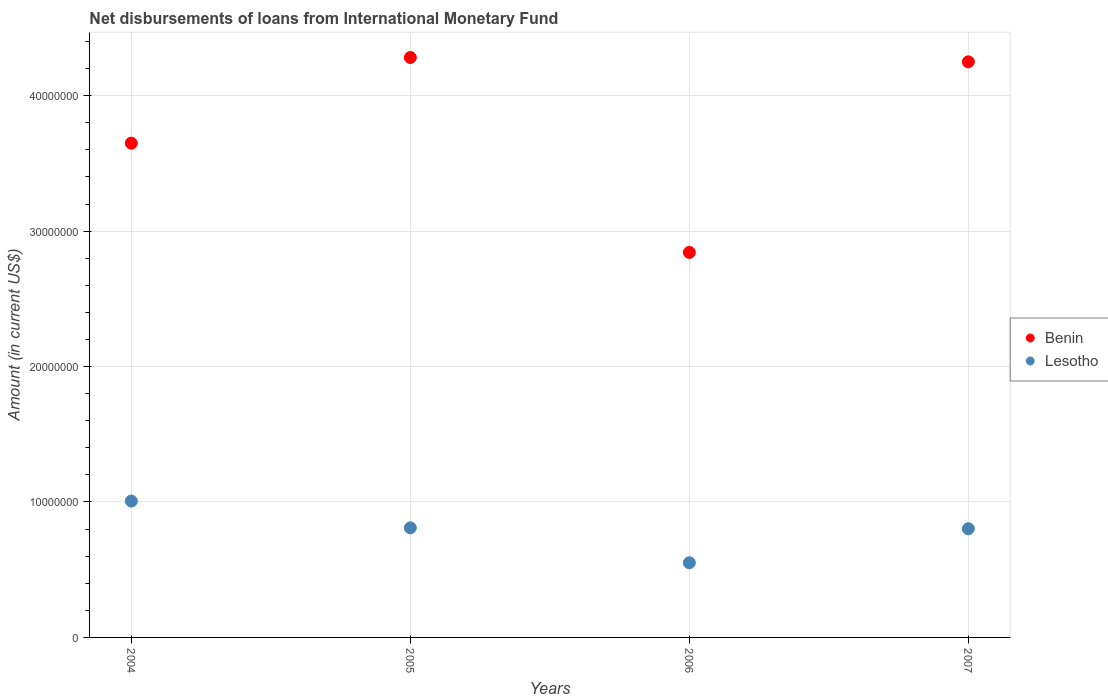
| Years | Benin | Lesotho |
 | --- | --- | --- |
 | 2004 | 3.65e+07 | 1.01e+07 |
 | 2005 | 4.28e+07 | 8.09e+06 |
 | 2006 | 2.84e+07 | 5.51e+06 |
 | 2007 | 4.25e+07 | 8.02e+06 |